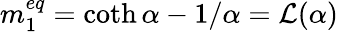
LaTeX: m_{1}^{eq}=\coth{\alpha}-1/\alpha=\mathcal L(\alpha)